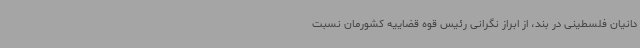
دانیان فلسطینی در بند، از ابراز نگرانی رئیس قوه قضاییه کشورمان نسبت